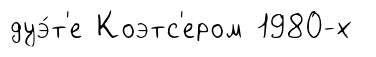
дуэ́т'е Коэтс'ером 1980-х